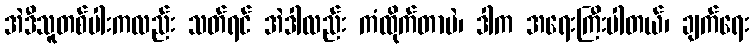
အဲဒီသူတစ်ပါးကလည်း သတ်ရင် အဲဒါလည်း ကံထိုက်တာပဲ၊ ဒါက အရေးကြီးပါတယ်၊ ချက်ရေး